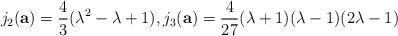
LaTeX: \begin{align*}j_2(\mathbf{a}) = \frac{4}{3} (\lambda^2 - \lambda + 1), j_3(\mathbf{a}) = \frac{4}{27} (\lambda + 1)(\lambda-1)(2\lambda -1)\end{align*}